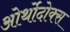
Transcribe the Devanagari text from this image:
ओर्थोदोक्स